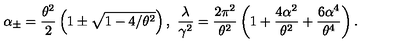
\alpha _ { \pm } = \frac { \theta ^ { 2 } } { 2 } \left( 1 \pm \sqrt { 1 - 4 / \theta ^ { 2 } } \right) , \ \frac { \lambda } { \gamma ^ { 2 } } = \frac { 2 \pi ^ { 2 } } { \theta ^ { 2 } } \left( 1 + \frac { 4 \alpha ^ { 2 } } { \theta ^ { 2 } } + \frac { 6 \alpha ^ { 4 } } { \theta ^ { 4 } } \right) .